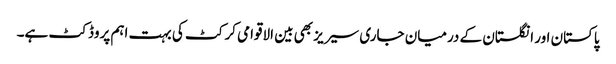
پاکستان اور انگلستان کے درمیان جاری سیریز بھی بین الاقوامی کرکٹ کی بہت اہم پروڈکٹ ہے۔